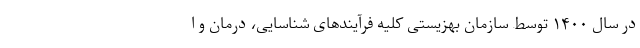
در سال ۱۴۰۰ توسط سازمان بهزیستی کلیه فرآیندهای شناسایی، درمان و ا